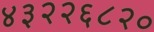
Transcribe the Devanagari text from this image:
४३२२६८२०